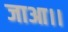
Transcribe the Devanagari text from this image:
जाआ।।